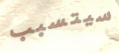
سيتسبب